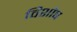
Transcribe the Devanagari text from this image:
विशोष